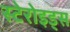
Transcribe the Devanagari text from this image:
स्टेरोइड्स